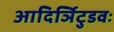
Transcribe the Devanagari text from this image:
आदिर्ञिटुडवः